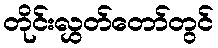
တိုင်းလွှတ်တော်တွင်